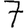
Digit: 7